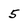
Character: 5